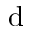
\mathrm { d }